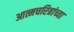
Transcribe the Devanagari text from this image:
आत्मचरित्रांच्या